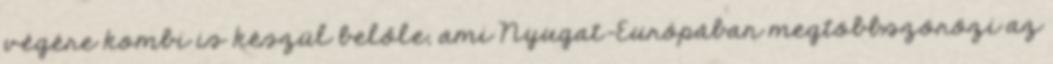
végére kombi is készül belőle, ami Nyugat-Európában megtöbbszörözi az